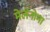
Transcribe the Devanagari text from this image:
मेलॅनोमा